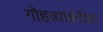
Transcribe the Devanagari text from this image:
गोहत्त्याबंदीचा